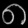
Digit: ၈